Leprosy in India: report of the Leprosy Commission in India, 1890-91
Year: 1890
Disease focus: Leprosy
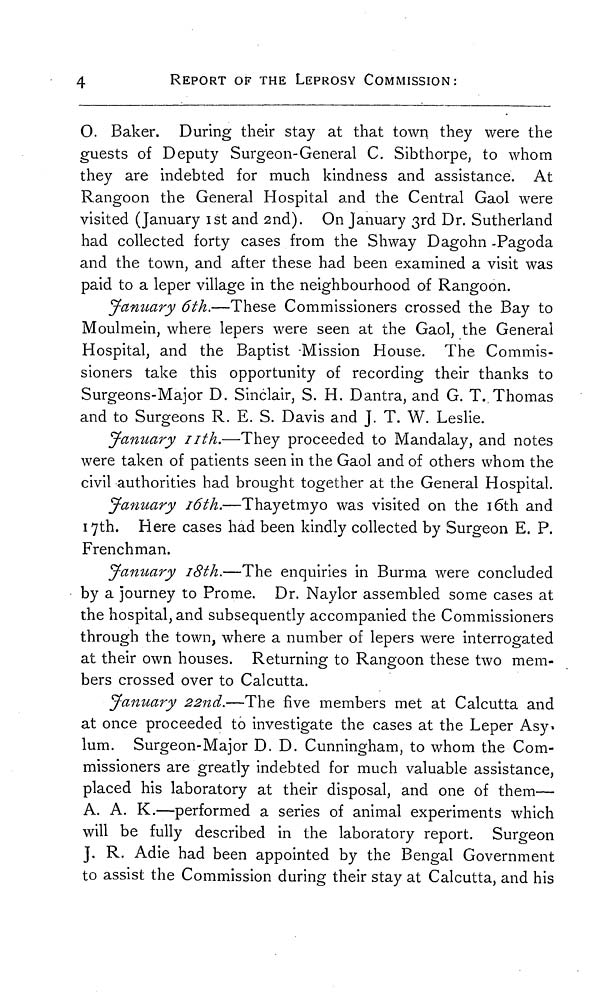
4
REPORT OF THE LEPROSY COMMISSION:
O. Baker. During their stay at that town they were the
guests of Deputy Surgeon-General C. Sibthorpe, to whom
they are indebted for much kindness and assistance. At
Rangoon the General Hospital and the Central Gaol were
visited (January 1st and 2nd). On January 3rd Dr. Sutherland
had collected forty cases from the Shway Dagohn -Pagoda
and the town, and after these had been examined a visit was
paid to a leper village in the neighbourhood of Rangoon.
January 6th.—These Commissioners crossed the Bay to
Moulmein, where lepers were seen at the Gaol, the General
Hospital, and the Baptist -Mission House. The Commis-
sioners take this opportunity of recording their thanks to
Surgeons-Major D. Sinclair, S. H. Dantra, and G. T. Thomas
and to Surgeons R. E. S. Davis and T. T. W. Leslie.
January 11th.—They proceeded to Mandalay, and notes
were taken of patients seen in the Gaol and of others whom the
civil authorities had brought together at the General Hospital.
January 16th.—Thayetmyo was visited on the 16th and
17th. Here cases had been kindly collected by Surgeon E. P.
Frenchman.
January 18th.—The enquiries in Burma were concluded
by a journey to Prome. Dr. Naylor assembled some cases at
the hospital, and subsequently accompanied the Commissioners
through the town, where a number of lepers were interrogated
at their own houses. Returning to Rangoon these two mem-
bers crossed over to Calcutta.
January 22nd.—The five members met at Calcutta and
at once proceeded to investigate the cases at the Leper Asy-
lum. Surgeon-Major D. D. Cunningham, to whom the Com-
missioners are greatly indebted for much valuable assistance,
placed his laboratory at their disposal, and one of them—
A. A. K.—performed a series of animal experiments which
will be fully described in the laboratory report. Surgeon
J. R. Adie had been appointed by the Bengal Government
to assist the Commission during their stay at Calcutta, and his